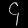
Digit: ၄